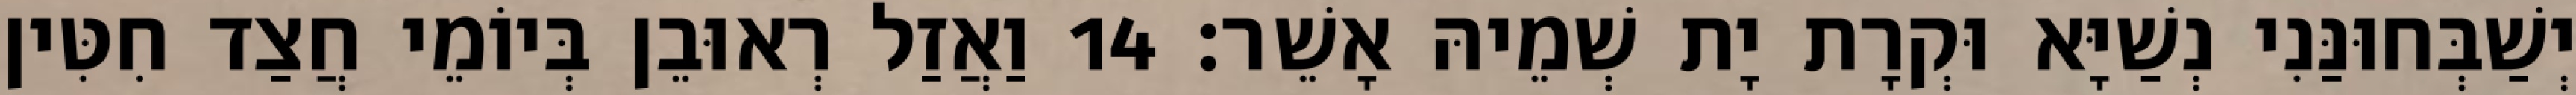
יְשַׁבְּחוּנַּנִי נְשַׁיָּא וּקְרָת יָת שְׁמֵיהּ אָשֵׁר׃ 14 וַאֲזַל רְאוּבֵן בְּיוֹמֵי חֲצַד חִטִּין